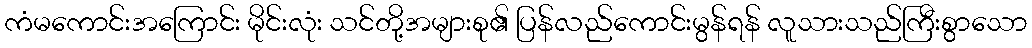
ကံမကောင်းအကြောင်း မိုင်းလုံး သင်တို့အများစု၏ ပြန်လည်ကောင်းမွန်ရန် လူသားသည်ကြီးစွာသော